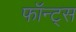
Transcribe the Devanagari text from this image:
फॉन्ट्स